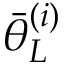
{ { \bar { \theta } } _ { L } ^ { ( i ) } }